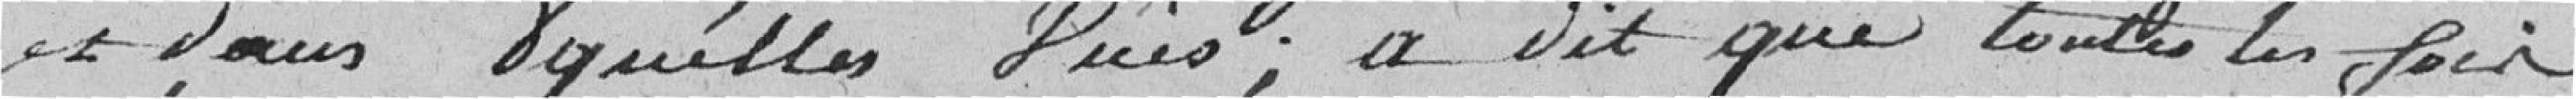
et pour quelles vues; a dit que toutes les fois